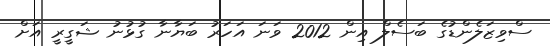
ސްވިޒަލެންޑުގެ ބަސެލް އިން 2012 ވަނަ އަހަރު ބަޔާނާ ގުޅުނު ޝަގީރީ އަށް